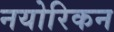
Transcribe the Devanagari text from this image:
नयोरिकन